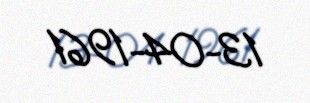
13-04-1961